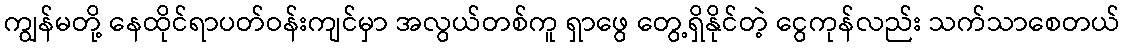
ကျွန်မတို့ နေထိုင်ရာပတ်ဝန်းကျင်မှာ အလွယ်တစ်ကူ ရှာဖွေ တွေ့ရှိနိုင်တဲ့ ငွေကုန်လည်း သက်သာစေတယ်